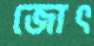
জোৎ